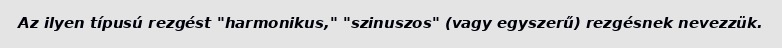
Az ilyen típusú rezgést "harmonikus," "szinuszos" (vagy egyszerű) rezgésnek nevezzük.